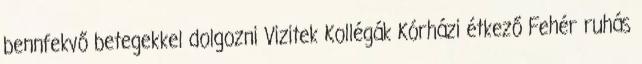
bennfekvő betegekkel dolgozni Vizitek Kollégák Kórházi étkező Fehér ruhás